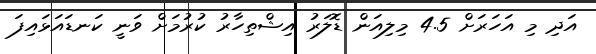
އަދި މި އަހަރަށް 4.5 މިލިއަން ޑޮލަރު އިޝްތިހާރު ކުރުމަށް ވަނީ ކަނޑައަޅައިފަ